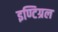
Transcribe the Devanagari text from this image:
इण्टिग्रल